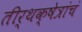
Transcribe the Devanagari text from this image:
तीर्थक्षेत्रांचं